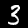
Digit: 3